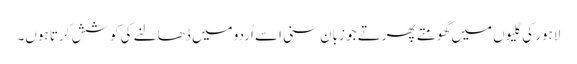
لاہور کی گلیوں میں گھومتے پھرتے جو زبان سنی اسے اُردو میں ڈھالنے کی کوشش کرتا ہوں۔